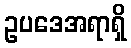
ဥပဒေအရာရှိ